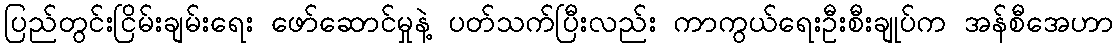
ပြည်တွင်းငြိမ်းချမ်းရေး ဖော်ဆောင်မှုနဲ့ ပတ်သက်ပြီးလည်း ကာကွယ်ရေးဦးစီးချုပ်က အန်စီအေဟာ